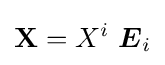
\mathbf {X} =X^{i}~{\boldsymbol {E}}_{i}